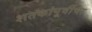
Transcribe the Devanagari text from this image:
शतकांपूर्वीचा